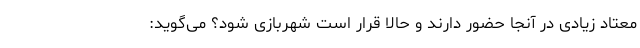
معتاد زیادی در آنجا حضور دارند و حالا قرار است شهربازی شود؟ می‌گوید: